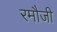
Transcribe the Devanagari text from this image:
रमौजी